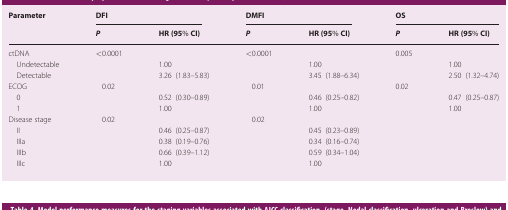
<table><thead><tr><td><b>Parameter</b></td><td colspan="2"><b>DFI</b></td><td colspan="2"><b>DMFI</b></td><td colspan="2"><b>OS</b></td></tr><tr><td></td><td><b><i>P</i></b></td><td><b>HR (95% CI)</b></td><td><b><i>P</i></b></td><td><b>HR (95% CI)</b></td><td><b><i>P</i></b></td><td><b>HR (95% CI)</b></td></tr></thead><tbody><tr><td>ctDNA</td><td>&lt;0.0001</td><td></td><td>&lt;0.0001</td><td></td><td>0.005</td><td></td></tr><tr><td> Undetectable</td><td></td><td>1.00</td><td></td><td>1.00</td><td></td><td>1.00</td></tr><tr><td> Detectable</td><td></td><td>3.26 (1.83–5.83)</td><td></td><td>3.45 (1.88–6.34)</td><td></td><td>2.50 (1.32–4.74)</td></tr><tr><td>ECOG</td><td>0.02</td><td></td><td>0.01</td><td></td><td>0.02</td><td></td></tr><tr><td> 0</td><td></td><td>0.52 (0.30–0.89)</td><td></td><td>0.46 (0.25–0.82)</td><td></td><td>0.47 (0.25–0.87)</td></tr><tr><td> 1</td><td></td><td>1.00</td><td></td><td>1.00</td><td></td><td>1.00</td></tr><tr><td>Disease stage</td><td>0.02</td><td></td><td>0.02</td><td></td><td></td><td></td></tr><tr><td> II</td><td></td><td>0.46 (0.25–0.87)</td><td></td><td>0.45 (0.23–0.89)</td><td></td><td></td></tr><tr><td> IIIa</td><td></td><td>0.38 (0.19–0.76)</td><td></td><td>0.34 (0.16–0.74)</td><td></td><td></td></tr><tr><td> IIIb</td><td></td><td>0.66 (0.39–1.12)</td><td></td><td>0.59 (0.34–1.04)</td><td></td><td></td></tr><tr><td> IIIc</td><td></td><td>1.00</td><td></td><td>1.00</td><td></td><td></td></tr></tbody></table>